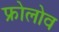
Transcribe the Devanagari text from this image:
फ्रोलोव